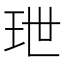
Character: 玴